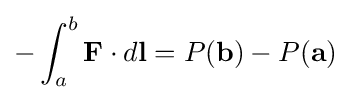
-\int _{a}^{b}\mathbf {F} \cdot d\mathbf {l} =P(\mathbf {b} )-P(\mathbf {a} )